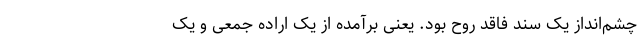
چشم‌انداز یک سند فاقد روح بود. یعنی برآمده از یک اراده جمعی و یک